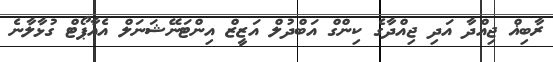
ރާބިޣް ޖިއްދާ އަދި ޖިއްދާގެ ކިންގް އަބްދުލް އަޒީޒް އިންޓަނޭޝަނަލް އެއާޕޯޓް ގުޅާލާނެ